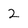
Character: 2